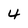
Character: 4